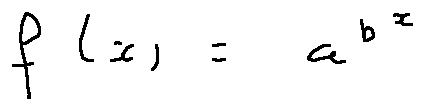
f ( x ) = a ^ { b ^ { x } }